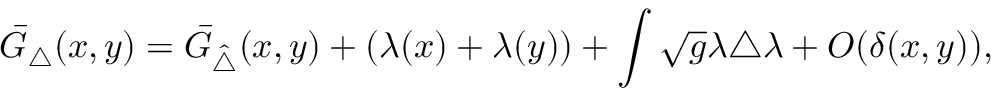
\bar { G } _ { \triangle } ( x , y ) = \bar { G } _ { \hat { \triangle } } ( x , y ) + ( \lambda ( x ) + \lambda ( y ) ) + \int \sqrt { g } \lambda { \triangle } \lambda + O ( \delta ( x , y ) ) ,